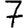
Digit: 7